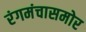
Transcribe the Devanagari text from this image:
रंगमंचासमोर